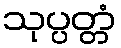
သုပ္ပတ္တံ